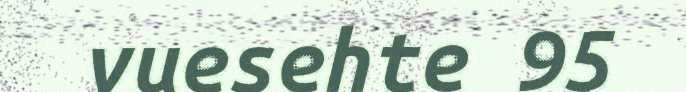
vuesehte 95